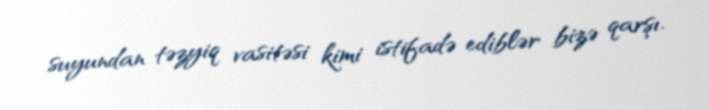
suyundan təzyiq vasitəsi kimi istifadə ediblər bizə qarşı.